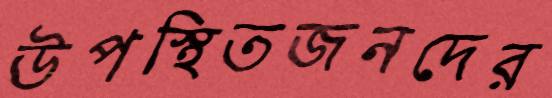
উপস্থিতজনদের